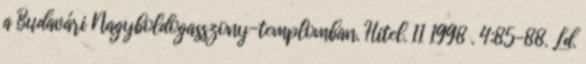
a Budavári Nagyboldogasszony-templomban. Hitel. 11 1998 . 4:85-88. Ld.